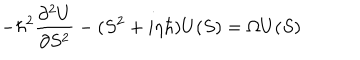
- \hbar ^ { 2 } { \frac { \partial ^ { 2 } U } { \partial S ^ { 2 } } } - ( S ^ { 2 } + i \eta \hbar ) U ( S ) = \Omega U ( S )